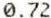
0.72